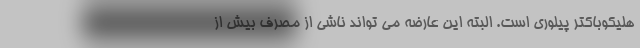
هلیکوباکتر پیلوری است. البته این عارضه می تواند ناشی از مصرف بیش از